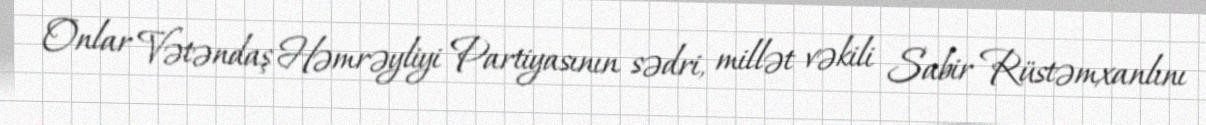
Onlar Vətəndaş Həmrəyliyi Partiyasının sədri, millət vəkili Sabir Rüstəmxanlını